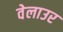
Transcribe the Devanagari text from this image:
वेलाउर